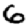
Digit: 6